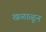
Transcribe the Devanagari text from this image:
खळाळून